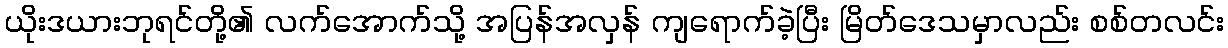
ယိုးဒယားဘုရင်တို့၏ လက်အောက်သို့ အပြန်အလှန် ကျရောက်ခဲ့ပြီး မြိတ်ဒေသမှာလည်း စစ်တလင်း